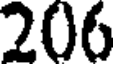
206